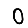
Digit: 0